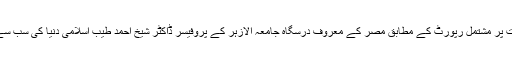
اسلامک اسٹڈیز سنٹر کی 272صفحات پر مشتمل رپورٹ کے مطابق مصر کے معروف درسگاہ جامعہ الازہر کے پروفیسر ڈاکٹر شیخ احمد طیب اسلامی دنیا کی سب سے بااثر شخصیت قرار پائے گئے ہیں۔